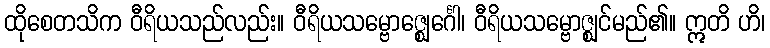
ထိုစေတသိက ဝီရိယသည်လည်း။ ဝီရိယသမ္ဗောဇ္ဈေင်္ဂေါ၊ ဝီရိယသမ္ဗောဇ္ဈင်မည်၏။ ဣတိ ဟိ၊